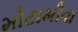
મોટામૌવા